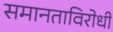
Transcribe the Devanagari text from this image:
समानताविरोधी